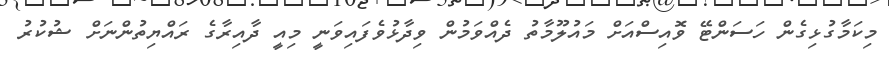
މިކަމާގުޅިގެން ހަސަންޓޭ ވޮއިސްއަށް މައުލޫމާތު ދެއްވަމުން ވިދާޅުވެފައިވަނީ މިއީ ދާއިރާގެ ރައްޔިތުންނަށް ޝުކުރު